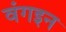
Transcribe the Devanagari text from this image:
वंगइन